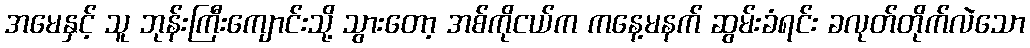
အမေနှင့် သူ ဘုန်းကြီးကျောင်းသို့ သွားတော့ အစ်ကိုငယ်က ကနေ့မနက် ဆွမ်းခံရင်း ခလုတ်တိုက်လဲသော